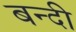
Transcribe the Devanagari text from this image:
बन्‍दी